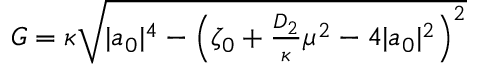
\begin{array} { r } { G = \kappa \sqrt { | a _ { 0 } | ^ { 4 } - \left( \zeta _ { 0 } + \frac { D _ { 2 } } { \kappa } \mu ^ { 2 } - 4 | a _ { 0 } | ^ { 2 } \right) ^ { 2 } } } \end{array}